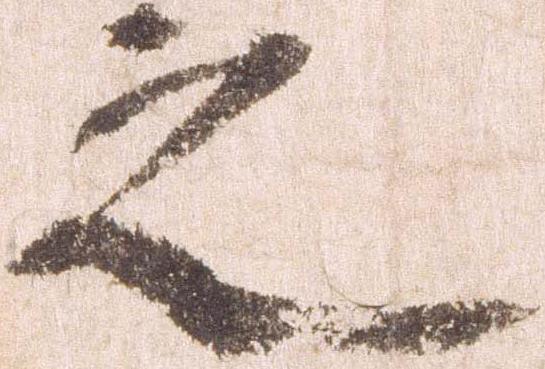
之